Indian journal of veterinary science and animal husbandry - Volume 2,
Year: 1932
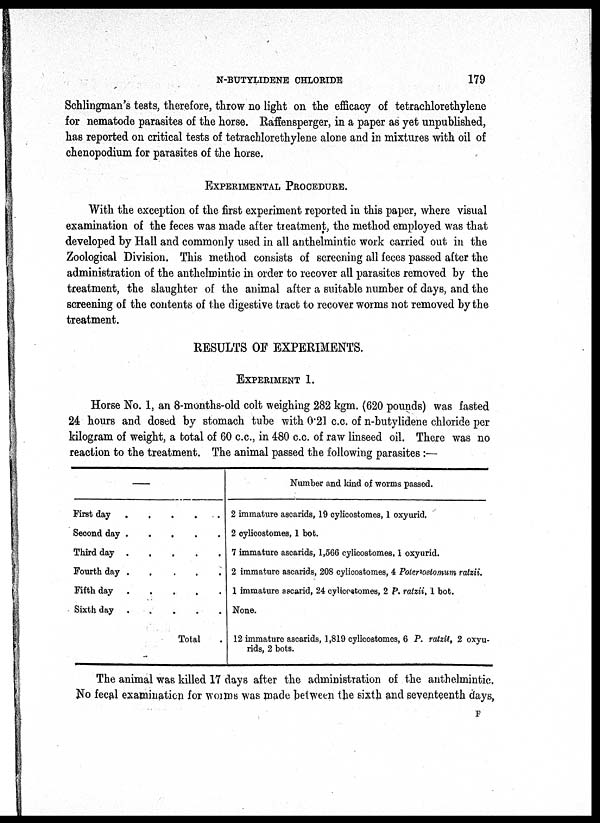
N-BUTYLIDENE CHLORIDE
179
Schlingman's tests, therefore, throw no light on the efficacy of tetrachlorethylene
for nematode parasites of the horse. Raffensperger, in a paper as yet unpublished,
has reported on critical tests of tetrachlorethylene alone and in mixtures with oil of
chenopodium for parasites of the horse.
EXPERIMENTAL PROCEDURE.
With the exception of the first experiment reported in this paper, where visual
examination of the feces was made after treatment, the method employed was that
developed by Hall and commonly used in all anthelmintic work carried out in the
Zoological Division. This method consists of screening all feces passed after the
administration of the anthelmintic in order to recover all parasites removed by the
treatment, the slaughter of the animal after a suitable number of days, and the
screening of the contents of the digestive tract to recover worms not removed by the
treatment.
RESULTS OF EXPERIMENTS.
EXPERIMENT 1.
Horse No. 1, an 8-months-old colt weighing 282 kgm. (620 pounds) was fasted
24 hours and dosed by stomach tube with 0.21 c.c. of n-butylidene chloride per
kilogram of weight, a total of 60 c.c, in 480 c.c. of raw linseed oil. There was no
reaction to the treatment. The animal passed the following parasites :—
—
First day . . . . .
Second day . . . . .
Third day . . . . .
Fourth day . . . . .
Fifth day . . . . .
Sixth day . . . . .
Total .
Number and kind of worms passed.
2 immature ascarids, 19 cylicostomes, 1 oxyurid.
2 cylicostomes, 1 bot.
7 immature ascarids, 1,566 cylicostomes. I oxyurid.
2 immature ascarids, 208 cylicostomes, 4 Poieroatomum ratzii.
1 immature ascarid, 24 cylicostomes, 2 P. ratzii, I bot.
None.
12 immature ascarids, 1,819 cylicostomes, 6 P. ratzii, 2 oxyu¬
rids, 2 bots.
The animal was killed 17 days after the administration of the anthelmintic.
No fecal examination for worms was made between the sixth and seventeenth days,
F